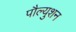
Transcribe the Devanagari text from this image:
पौल्युशन